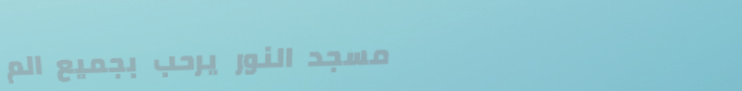
مسجد النور يرحب بجميع الم